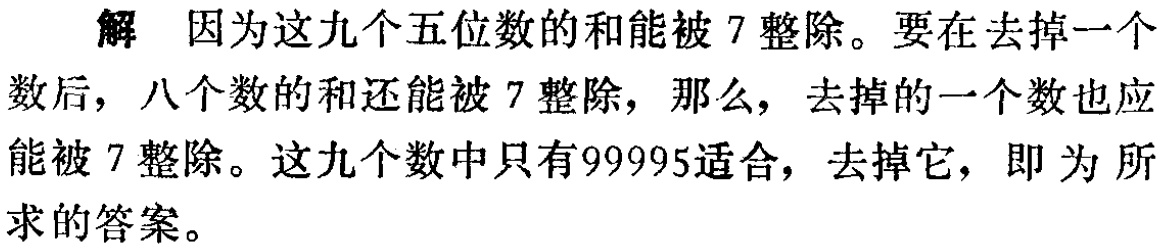
解 因为这九个五位数的和能被 \(7\) 整除。要在去掉一个数后，八个数的和还能被 \(7\) 整除，那么，去掉的一个数也应能被 \(7\) 整除。这九个数中只有\(99995\)适合，去掉它，即为所求的答案。